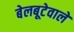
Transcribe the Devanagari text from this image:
बेलबूटेवाले